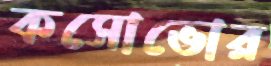
কসোভোর